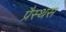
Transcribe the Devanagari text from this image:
प्रैस्थस